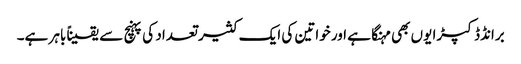
برانڈڈ کپڑا یوں بھی مہنگا ہے اور خواتین کی ایک کثیر تعداد کی پہنچ سے یقیناً باہر ہے۔